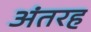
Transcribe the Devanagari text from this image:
अंतरह